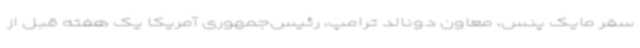
سفر مایک پنس، معاون دونالد ترامپ، رئیس‌جمهوری آمریکا یک هفته قبل از